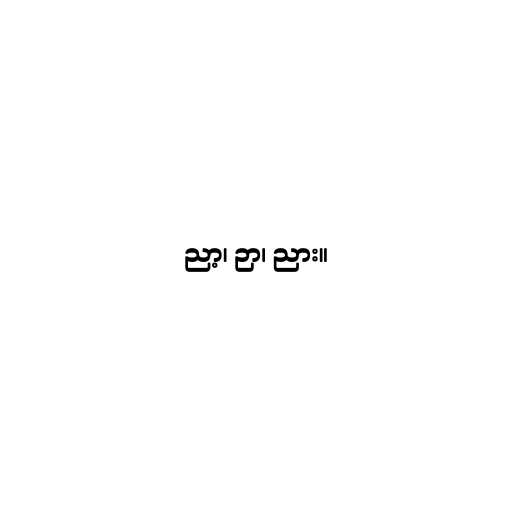
ညာ့၊ ဉာ၊ ညား။